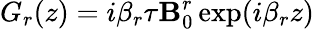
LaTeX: G_{r}(z)=i\beta_{r}\tau\mathbf{B}_{0}^{r}\exp(i\beta_{r}z)